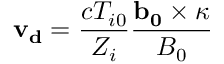
\mathbf { v _ { d } } = \frac { c T _ { i 0 } } { Z _ { i } } \frac { \mathbf { b _ { 0 } } \times \boldsymbol { \kappa } } { B _ { 0 } }